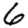
Digit: 6